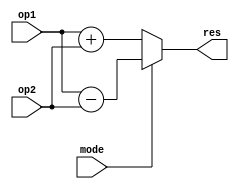
`timescale 1ns / 1ps
module Pre_Adder_Sub #(parameter N = 18)
(
    input [N-1:0]op1,op2,
    input mode,
    output [N-1:0]res
);
assign res = mode?op1 - op2:op1 + op2;

endmodule